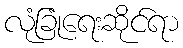
လုံခြုံရေးဆိုင်ရာ